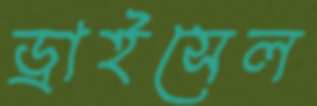
ড্রাইসেল